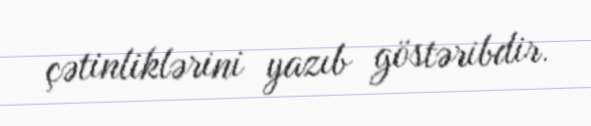
çətinliklərini yazıb göstəribdir.